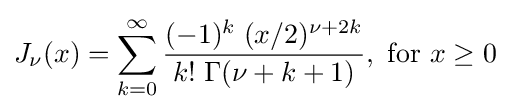
J_{\nu }(x)=\sum _{k=0}^{\infty }{\frac {(-1)^{k}\;(x/2)^{\nu +2k}}{k!\;\Gamma (\nu +k+1)}},{\text{ for }}x\geq 0